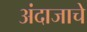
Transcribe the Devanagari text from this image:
अंदाजाचे